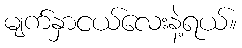
မျက်နှာငယ်လေးနဲ့ရယ်။